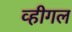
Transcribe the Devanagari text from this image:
व्हीगल